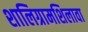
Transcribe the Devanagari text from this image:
शालिग्रामशिलावा